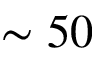
\sim 5 0